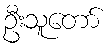
ဦးသူတော်